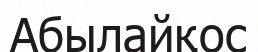
Абылайқос